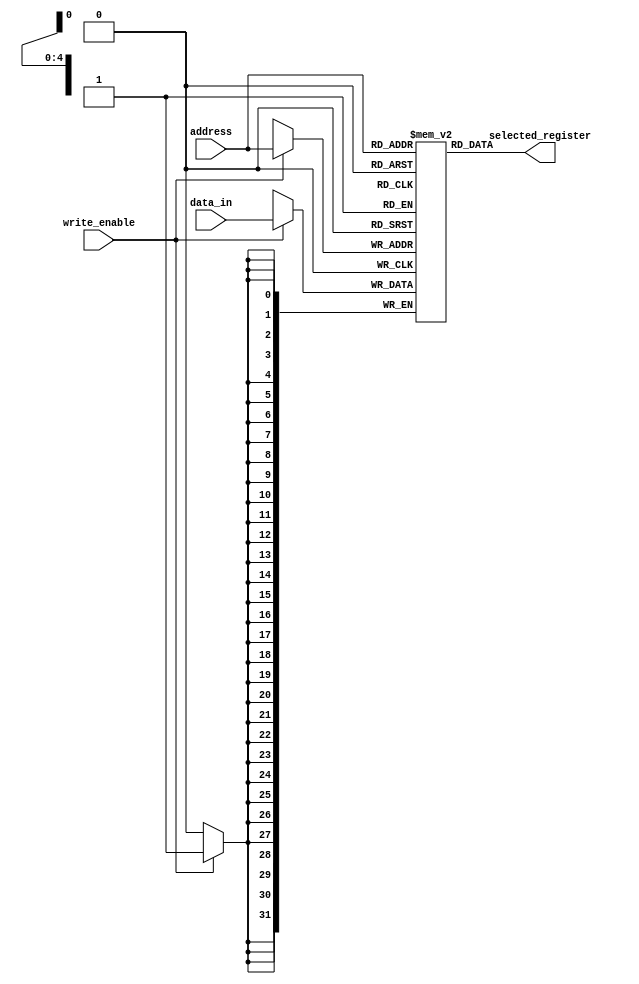
module register_file (
    input [31:0] data_in,
    input write_enable,
    input [4:0] address,
    output reg [31:0] selected_register
);

reg [31:0] registers [31:0]; // Array of 32 registers

always @ (posedge clk)
begin
    if (write_enable)
        registers[address] <= data_in;
end

assign selected_register = registers[address];

endmodule